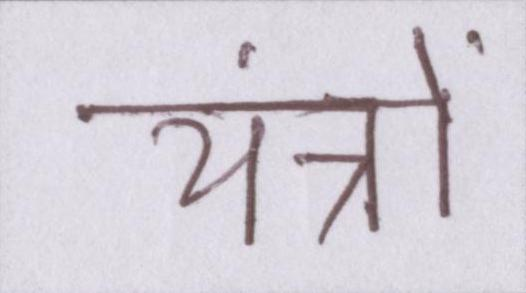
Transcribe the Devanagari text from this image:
यंत्रों